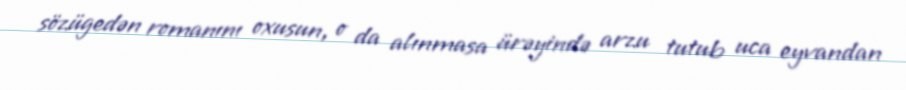
sözügedən romanını oxusun, o da alınmasa ürəyində arzu tutub uca eyvandan